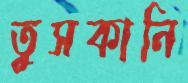
তুসকানি